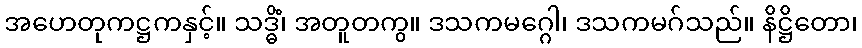
အဟေတုကဋ္ဌကနှင့်။ သဒ္ဓိံ၊ အတူတကွ။ ဒသကမဂ္ဂေါ၊ ဒသကမဂ်သည်။ နိဋ္ဌိတော၊